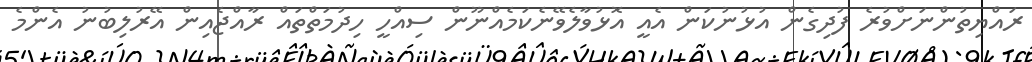
ރައްޔިތުންނަށްވުރެ ފުދިގެން އުޅުނުކަން އެއީ އޮޅުވާލެވޭނެކަމެއްނޫން ސިއްހީ ހިދުމަތްތައް ރާއްޖެއިން އޭރުލިބުނު އެންމެ